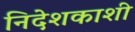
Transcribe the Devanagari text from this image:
निदेशकाशी